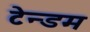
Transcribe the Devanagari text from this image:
टेन्डम